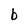
Character: b